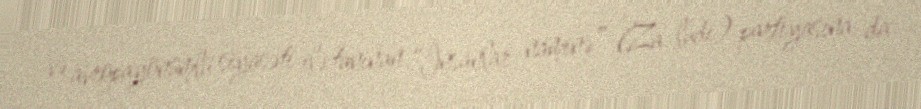
və avropayönümlü siyasəti ilə tanınan “İnsanlar naminə” (Za ľudí) partiyasına da